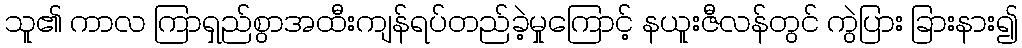
သူ၏ ကာလ ကြာရှည်စွာအထီးကျန်ရပ်တည်ခဲ့မှုကြောင့် နယူးဇီလန်တွင် ကွဲပြား ခြားနား၍